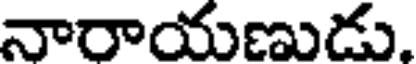
నారాయణుడు.